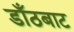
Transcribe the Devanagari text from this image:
डाँठबाट